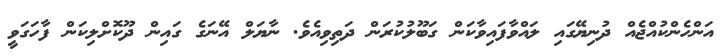
އަންހެންކުއްޖެއް ދުނިޔޭގައި ލައްވާފައިވާކަން ގަބޫލުކުރަން ދަތިވިއެވެ. ނާޔަލް އޭނަގެ ގައިން ދޫކޮށްލިކަން ފާހަގަވީ